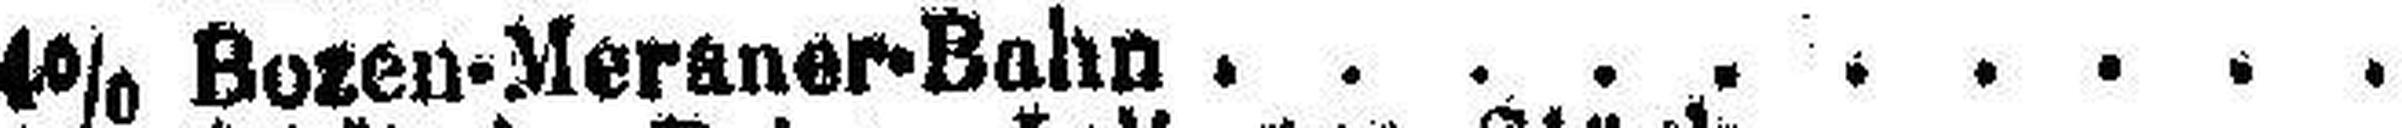
4% Bozen-Meraner-Bahn